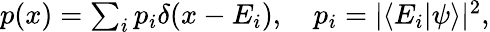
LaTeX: \begin{array}{r}{p(x)=\sum_{i}p_{i}\delta(x-E_{i}),\quad p_{i}=|\langle E_{i}|\psi\rangle|^{2},}\end{array}